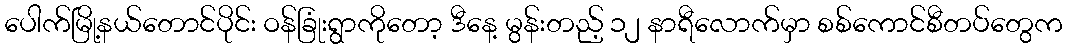
ပေါက်မြို့နယ်တောင်ပိုင်း ဝန်ခြုံးရွာကိုတော့ ဒီနေ့ မွန်းတည့် ၁၂ နာရီလောက်မှာ စစ်ကောင်စီတပ်တွေက